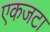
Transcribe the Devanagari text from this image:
एकजटा